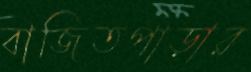
বাজিতপাড়ার